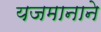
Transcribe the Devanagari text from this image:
यजमानाने